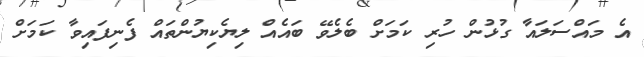
އެ މައްސަލައާ ގުޅުން ހުރި ކަމަށް ބެލެވޭ ބައެއް ލިޔެކިޔުންތައް ފެނިފައިވާ ކަމަށް